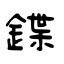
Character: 鍱